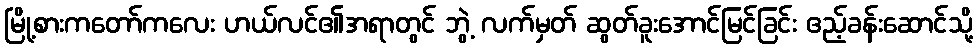
မြို့စားကတော်ကလေး ဟယ်လင်၏အရာတွင် ဘွဲ့ လက်မှတ် ဆွတ်ခူးအောင်မြင်ခြင်း ဧည့်ခန်းဆောင်သို့